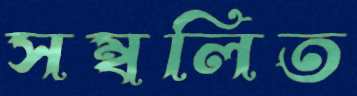
সম্বলিত